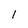
Character: l